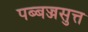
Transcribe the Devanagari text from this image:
पब्बज्जसुत्त